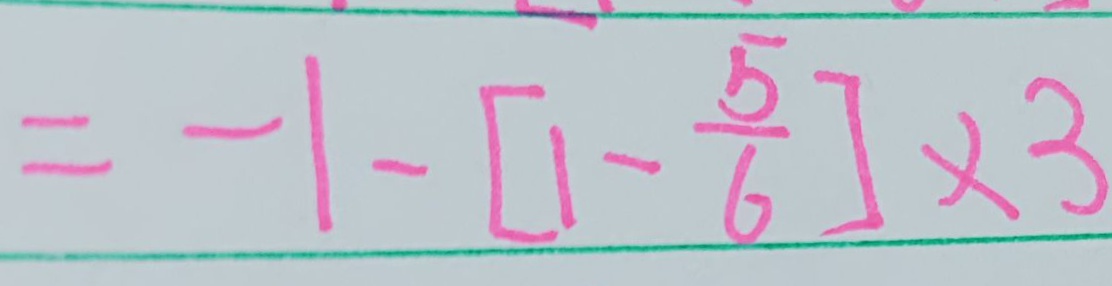
= - 1 - [ 1 - \frac { 5 } { 6 } ] \times 3